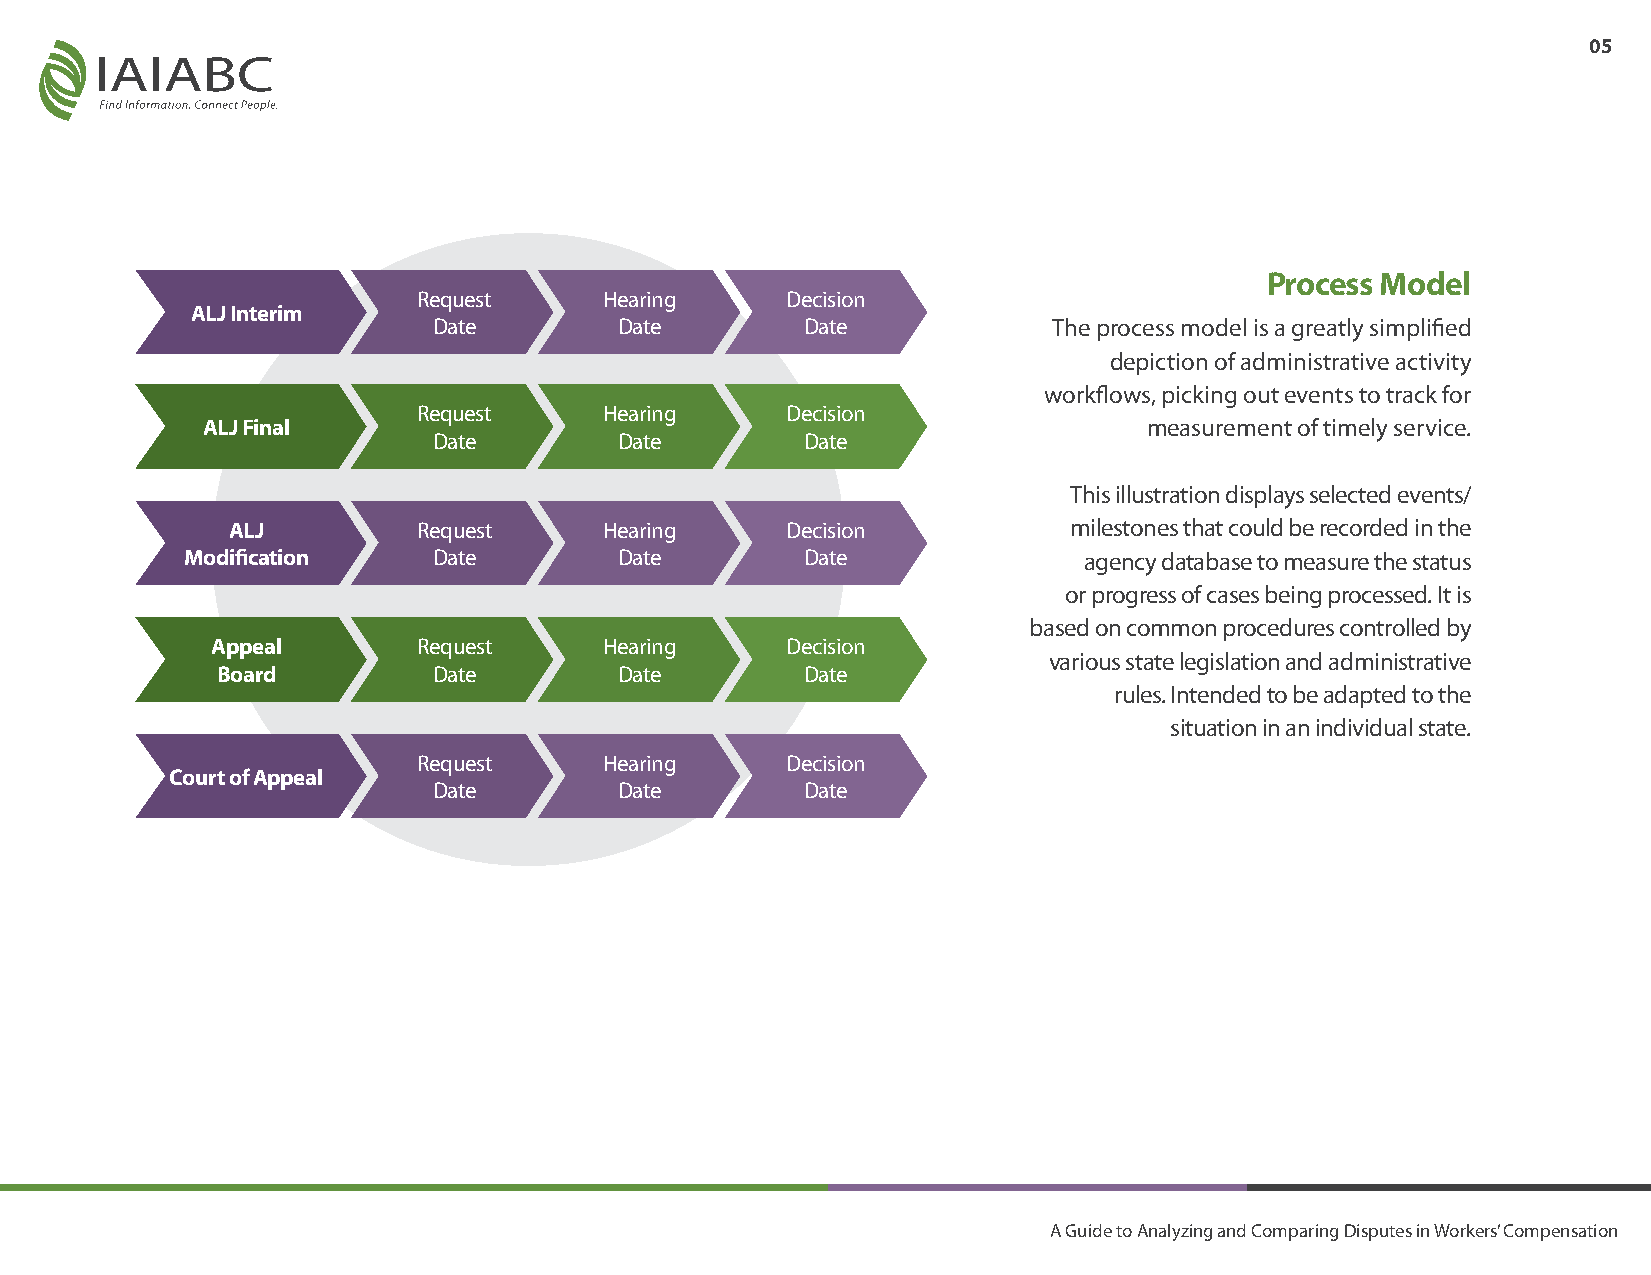
05
 Process Model
 Request     Hearing     Decision
 ALJ Interim
 Date        Date        Date             The process model is a greatly simplified
 depiction of administrative activity
 workflows, picking out events to track for
 Request     Hearing     Decision
 ALJ Final                                                      measurement of timely service.
 Date        Date        Date
 This illustration displays selected events/
 ALJ          Request     Hearing     Decision           milestones that could be recorded in the
 Modification     Date        Date        Date               agency database to measure the status
 or progress of cases being processed. It is
 based on common procedures controlled by
 Appeal        Request     Hearing     Decision
 various state legislation and administrative
 Board          Date        Date        Date
 rules. Intended to be adapted to the
 situation in an individual state.
 Request     Hearing     Decision
 Court of Appeal
 Date        Date        Date
 A Guide to Analyzing and Comparing Disputes in Workers’ Compensation